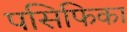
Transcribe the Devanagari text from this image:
पसिफिका